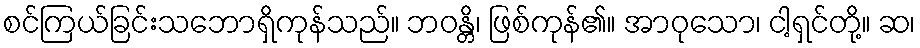
စင်ကြယ်ခြင်းသဘောရှိကုန်သည်။ ဘဝန္တိ၊ ဖြစ်ကုန်၏။ အာဝုသော၊ ငါ့ရှင်တို့။ ဆ၊